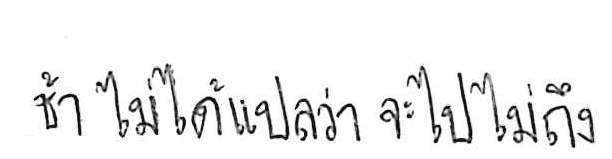
ช้า ไม่ได้แปลว่า จะไปไม่ถึง